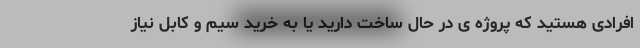
افرادی هستید که پروژه ی در حال ساخت دارید یا به خرید سیم و کابل نیاز